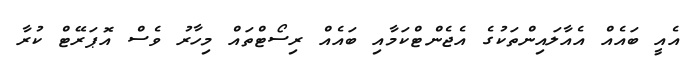
އެއީ ބައެއް އެއާލައިންތަކުގެ އެޖެންޓްކަމާއި ބައެއް ރިސޯޓްތައް މިހާރު ވެސް އޮޕަރޭޓް ކުރާ